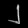
Digit: ၂